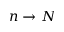
n \rightarrow N